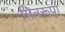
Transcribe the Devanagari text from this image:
मित्ररूपा